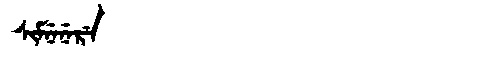
Manchu: ᠰᡳᠮᠨᡝᠨᡝᡵᡝ
Romanization: SIMNENERE